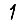
Digit: 1